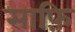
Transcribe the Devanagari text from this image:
साफ़ि